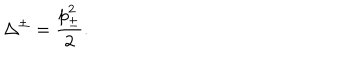
\Delta ^ { \pm } = \displaystyle \frac { p _ { \pm } ^ { 2 } } { 2 } .